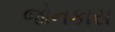
જોનકાસ